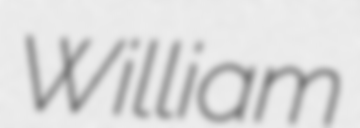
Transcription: William